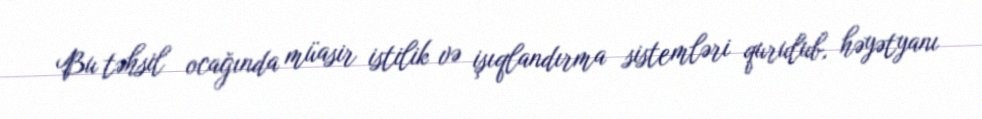
Bu təhsil ocağında müasir istilik və işıqlandırma sistemləri qurulub, həyətyanı